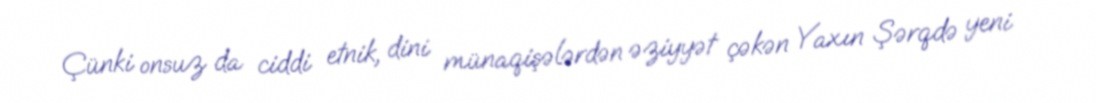
Çünki onsuz da ciddi etnik, dini münaqişələrdən əziyyət çəkən Yaxın Şərqdə yeni